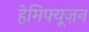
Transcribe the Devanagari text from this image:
हेमिफ्यूज़न